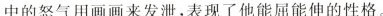
中的怒气用画画来发泄.表现了他能屈能伸的性格。